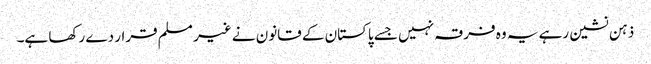
ذہن نشین رہے یہ وہ فرقہ نہیں جسے پاکستان کے قانون نے غیر مسلم قرار دے رکھا ہے۔